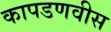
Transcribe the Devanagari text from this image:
कापडणवीस